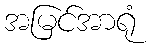
အမြင်အာရုံ